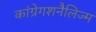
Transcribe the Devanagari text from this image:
कांग्रेगशनैलिज्म